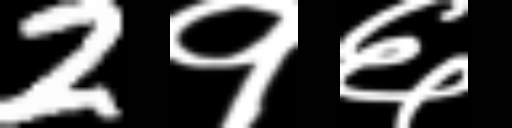
Text: 2१६